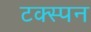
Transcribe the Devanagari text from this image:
टक्स्पन